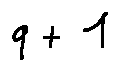
q + 1